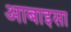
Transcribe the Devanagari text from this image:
आबाइसा